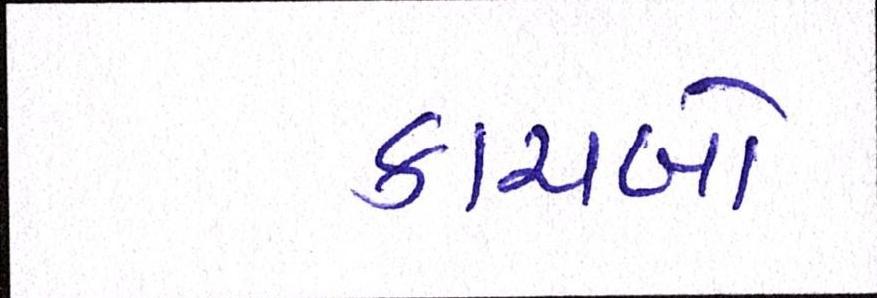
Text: કાચબો